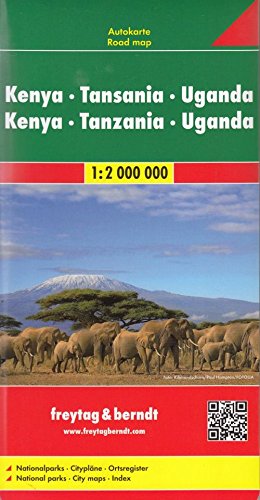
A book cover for Kenya / Tanzania / Uganda FB 1:2M 2013 (English, French and German Edition); Freytag-Berndt; Travel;